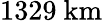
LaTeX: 1329{\mathrm{~km}}